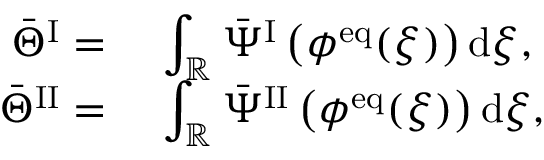
\begin{array} { r l } { \bar { \Theta } ^ { \mathrm { I } } = } & { ~ \displaystyle \int _ { \mathbb { R } } \bar { \Psi } ^ { \mathrm { I } } \left( \phi ^ { \mathrm { e q } } ( \xi ) \right) \mathrm { d } \xi , } \\ { \bar { \Theta } ^ { \mathrm { I I } } = } & { ~ \displaystyle \int _ { \mathbb { R } } \bar { \Psi } ^ { \mathrm { I I } } \left( \phi ^ { \mathrm { e q } } ( \xi ) \right) \mathrm { d } \xi , } \end{array}